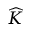
\widehat { K }